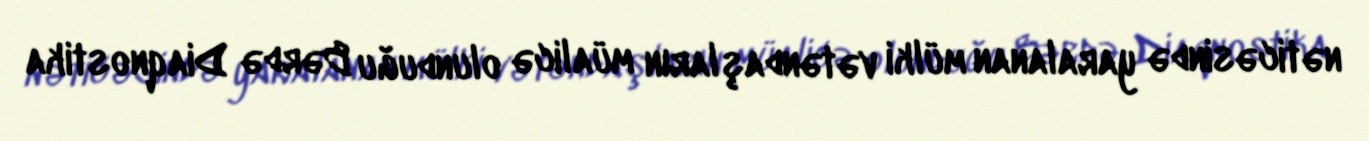
nəticəsində yaralanan mülki vətəndaşların müalicə olunduğu Bərdə Diaqnostika